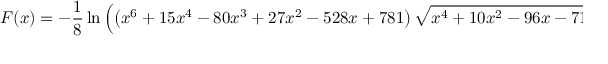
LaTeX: F ( x ) = - { \frac { 1 } { 8 } } \ln \left( \left( x ^ { 6 } + 1 5 x ^ { 4 } - 8 0 x ^ { 3 } + 2 7 x ^ { 2 } - 5 2 8 x + 7 8 1 \right) { \sqrt { x ^ { 4 } + 1 0 x ^ { 2 } - 9 6 x - 7 1 } } - \left( x ^ { 8 } + 2 0 x ^ { 6 } - 1 2 8 x ^ { 5 } + 5 4 x ^ { 4 } - 1 4 0 8 x ^ { 3 } + 3 1 2 4 x ^ { 2 } + 1 0 0 0 1 \right) \right) + C .